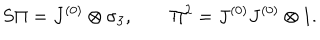
S \Pi = J ^ { ( 0 ) } \otimes \sigma _ { 3 } , \qquad \Pi ^ { 2 } = J ^ { ( 0 ) } J ^ { ( 0 ) } \otimes 1 .